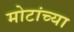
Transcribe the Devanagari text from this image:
मोटांच्या